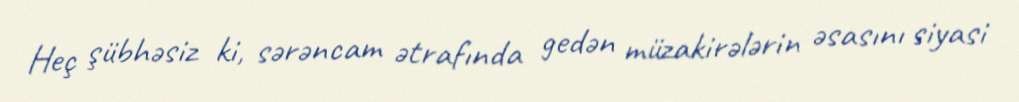
Heç şübhəsiz ki, sərəncam ətrafında gedən müzakirələrin əsasını siyasi